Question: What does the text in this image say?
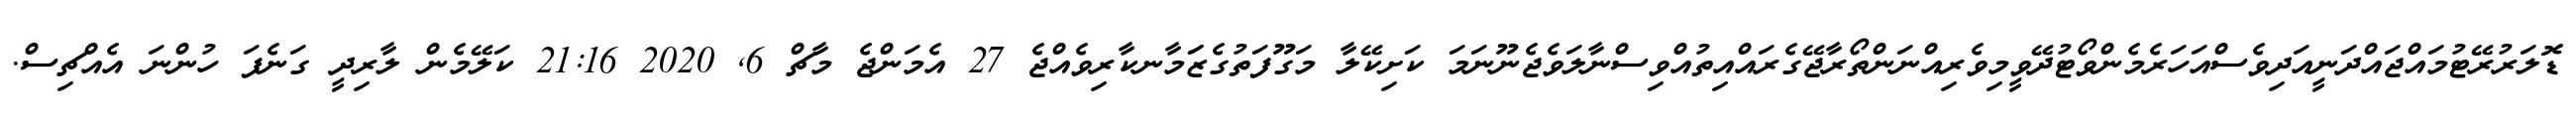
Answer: ޑޮލަރުރޭޓުމައްޖައްދަނީއަދިވެސްއަހަރެމެންވޯޓުދޭވީމިވެރިއްނަންތޯރާޖޭގެރައްއިތުއްވިސްނާލަވެޖެނޫނަމަ ކަށިކޭލާ މަގޫފަތުގެޒަަމާނކާރިވެއްޖެ 27 އެމަންޖެ މާޗް 6, 2020 21:16 ކަލޭމެން ލާރިދީ ގަނެފަ ހުންނަ އެއްޗިސް.